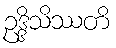
ဥဒ္ဒိသိဿတိ